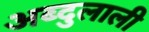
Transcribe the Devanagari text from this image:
अब्दुलाली